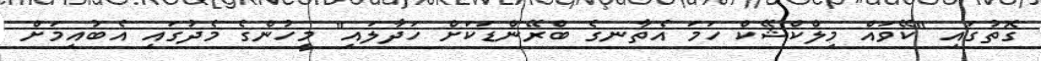
ގޮތުގައި "ކޭވައް މިލްކްޝޭކް ހަމަ އެތާނގެ ބްރޭންޑަކަށް ހަދާލައި" މީހުންގެ މެދުގައި އެބުއިމަށް